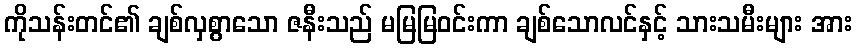
ကိုသန်းတင်၏ ချစ်လှစွာသော ဇနီးသည် မမြမြဝင်းကာ ချစ်သောလင်နှင့် သားသမီးများ အား